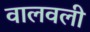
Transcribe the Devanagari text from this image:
वालवली